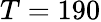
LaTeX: T=190